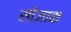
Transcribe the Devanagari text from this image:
सोजाक